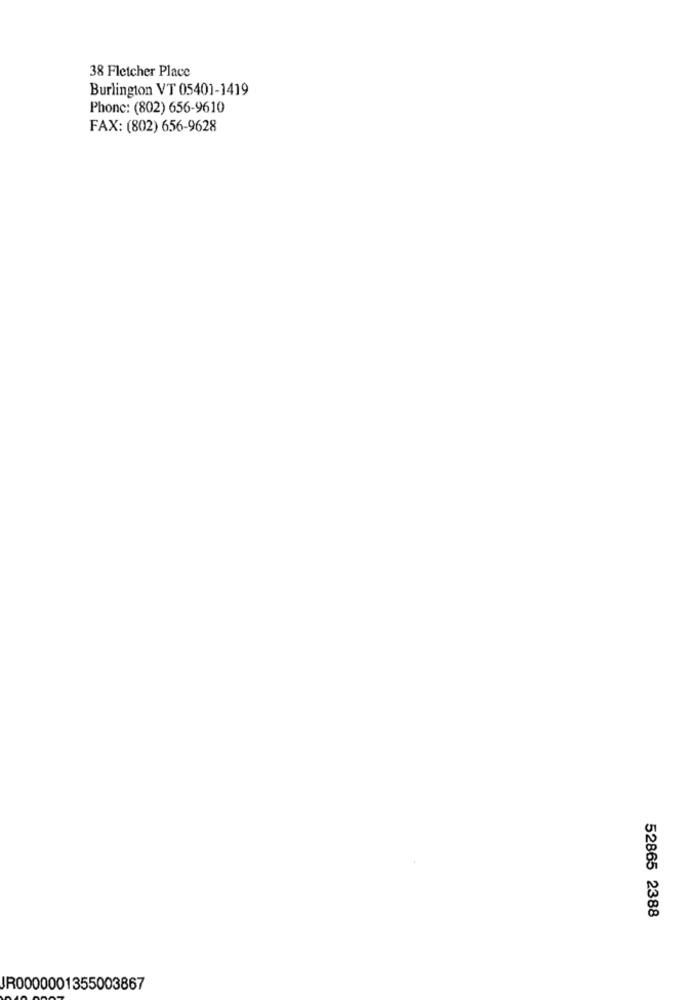
38 Fletcher Place
Burlington VT 05401-1419
Phone: (802) 656-9610
FAX: (802) 656-9628
52865 2388
JR0000001355003867